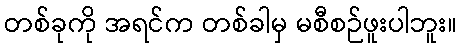
တစ်ခုကို အရင်က တစ်ခါမှ မစီစဉ်ဖူးပါဘူး။